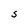
Character: S